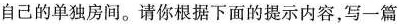
自己的单独房间。请你根据下面的提示内容，写一篇